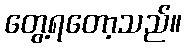
တွေ့ရတော့သည်။